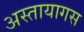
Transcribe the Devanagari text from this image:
अस्तायागस